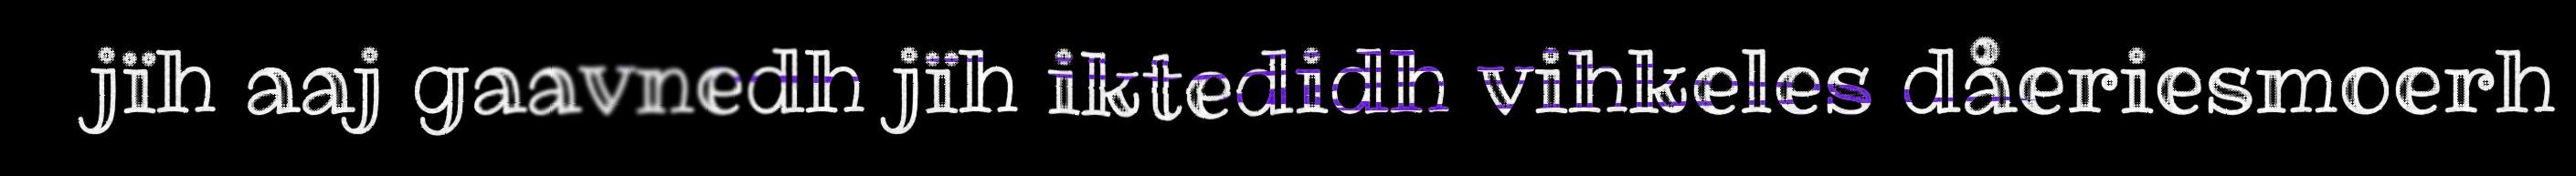
jïh aaj gaavnedh jïh iktedidh vihkeles dåeriesmoerh